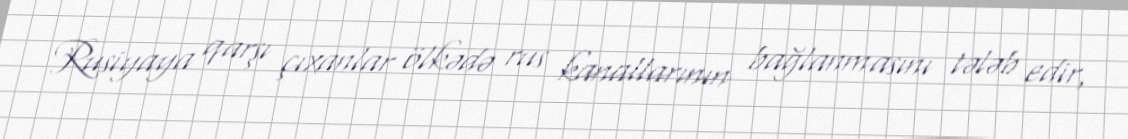
Rusiyaya qarşı çıxanlar ölkədə rus kanallarının bağlanmasını tələb edir,